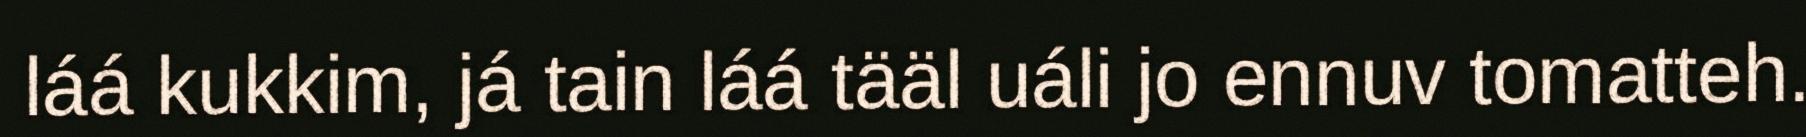
láá kukkim, já tain láá tääl uáli jo ennuv tomatteh.